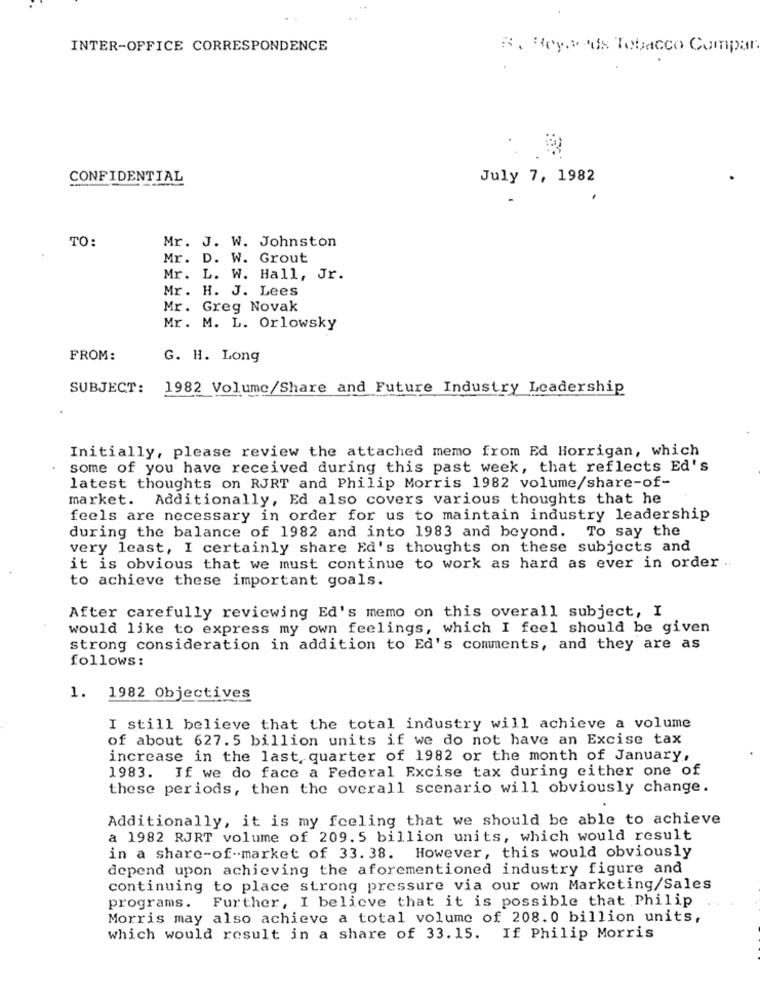
INTER-OFFICE CORRESPONDENCE
R. Reypoids Tobacco Compar
CONFIDENTIAL
July 7, 1982
TO:
Mr. J. W. Johnston
Mr. D. W. Grout
Mr. L. W. Hall, Jr.
Mr. H. J. Lees
Mr. Greg Novak
Mr. M. L. Orlowsky
FROM:
G. H. Long
SUBJECT: 1982 Volume/Share and Future Industry Leadership
Initially, please review the attached memo from Ed Horrigan, which
some of you have received during this past week, that reflects Ed's
latest thoughts on RJRT and Philip Morris 1982 volume/share-of-
market. Additionally, Ed also covers various thoughts that he
feels are necessary in order for us to maintain industry leadership
during the balance of 1982 and into 1983 and beyond. To say the
very least, I certainly share Ed's thoughts on these subjects and
it is obvious that we must continue to work as hard as ever in order ..
to achieve these important goals.
After carefully reviewing Ed's memo on this overall subject, I
would like to express my own feelings, which I feel should be given
strong consideration in addition to Ed's comments, and they are as
follows:
1.
1982 Objectives
I still believe that the total industry will achieve a volume
of about 627.5 billion units if we do not have an Excise tax
increase in the last quarter of 1982 or the month of January,
1983. If we do face a Federal Excise tax during either one of
these periods, then the overall scenario will obviously change.
Additionally, it is my feeling that we should be able to achieve
a 1982 RJRT volume of 209.5 billion units, which would result
in a share-of-market of 33. 38. However, this would obviously
depend upon achieving the aforementioned industry figure and
continuing to place strong pressure via our own Marketing/Sales
programs. Further, I believe that it is possible that Philip
Morris may also achieve a total volume of 208.0 billion units,
which would result in a share of 33.15. If Philip Morris